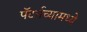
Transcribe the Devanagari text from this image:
पॅटर्नच्यामध्ये